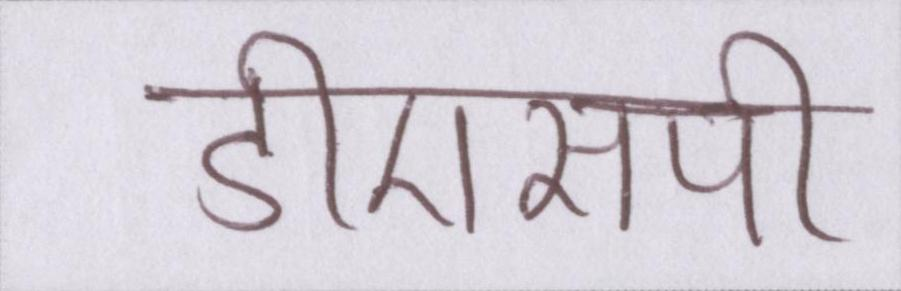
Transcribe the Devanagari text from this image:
डीएसपी